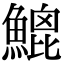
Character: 𩹻